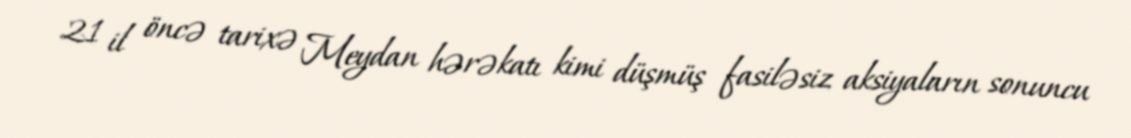
21 il öncə tarixə Meydan hərəkatı kimi düşmüş fasiləsiz aksiyaların sonuncu